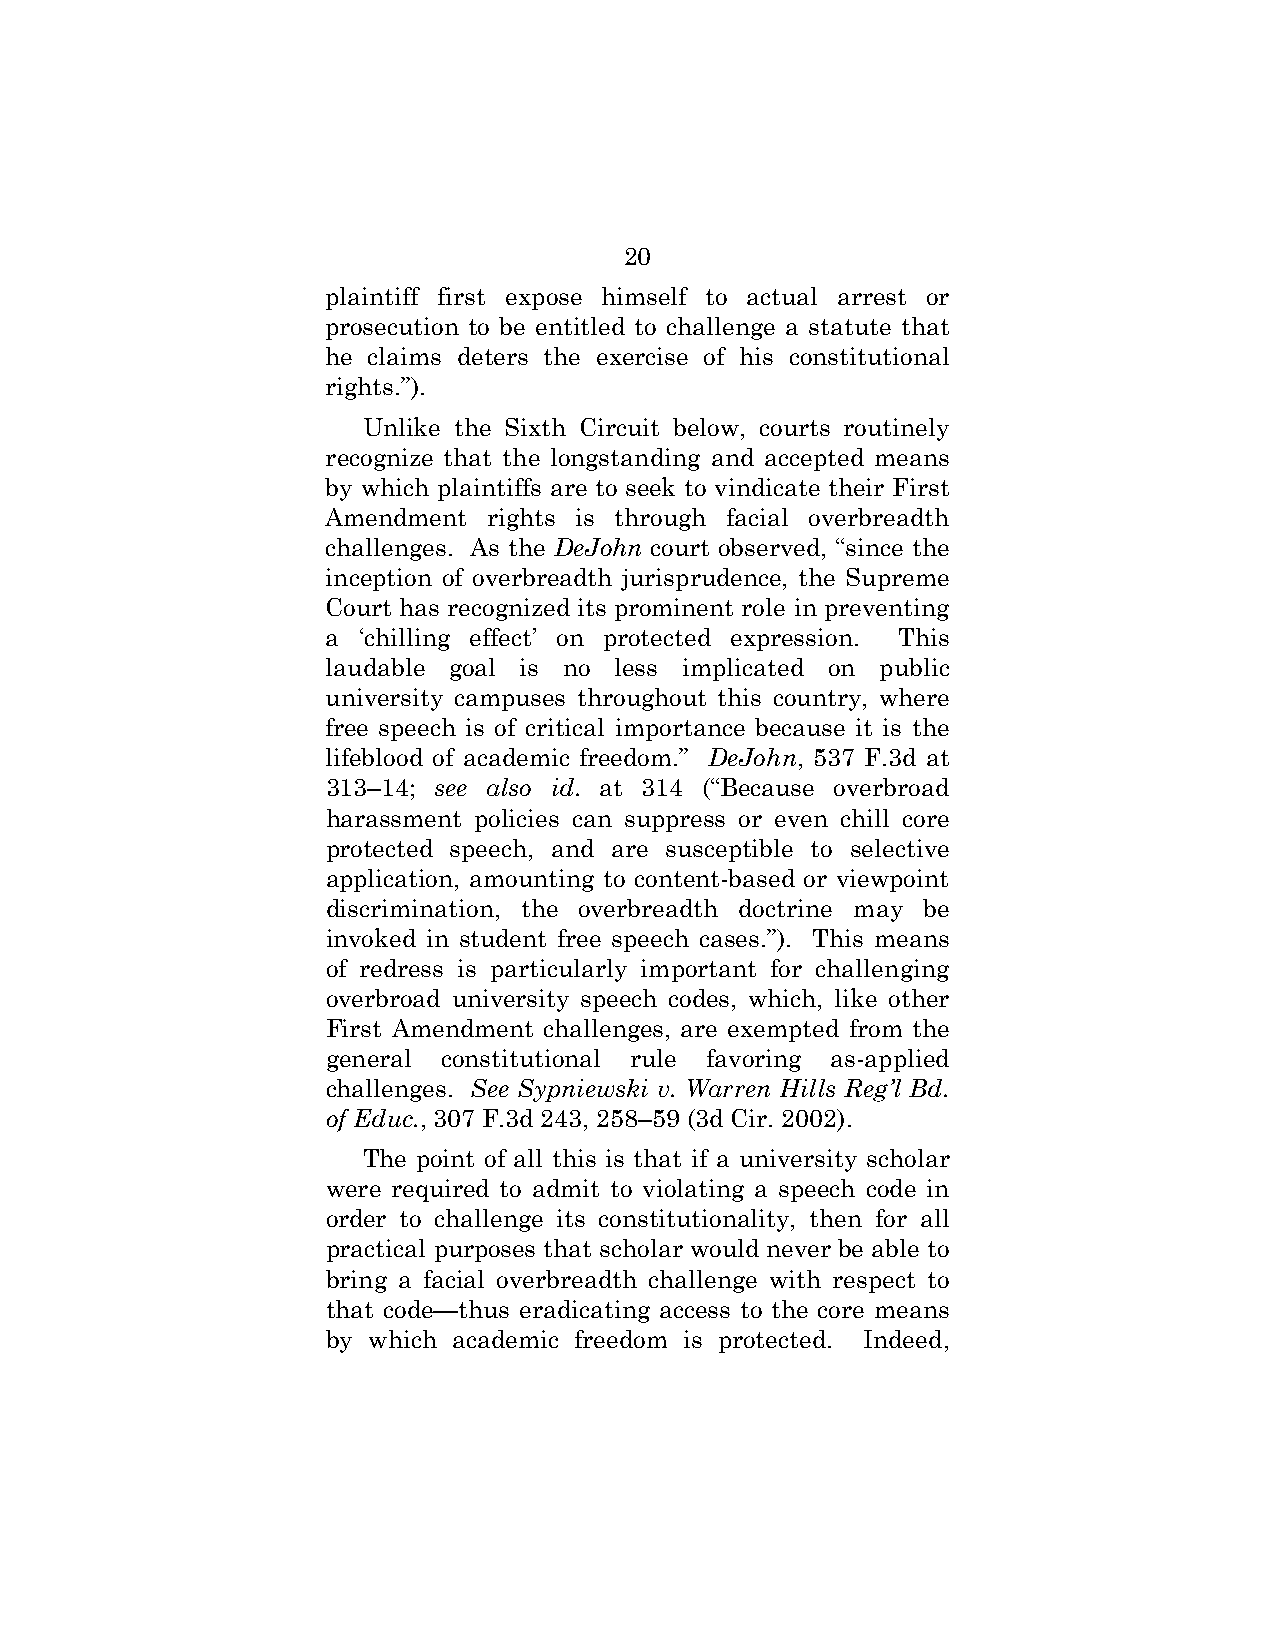
20
 plaintiff first expose himself to actual arrest or
 prosecution to be entitled to challenge a statute that
 he claims deters the exercise of his constitutional
 rights.”).
 Unlike the Sixth Circuit below, courts routinely
 recognize that the longstanding and accepted means
 by which plaintiffs are to seek to vindicate their First
 Amendment rights is through facial overbreadth
 challenges. As the DeJohn court observed, “since the
 inception of overbreadth jurisprudence, the Supreme
 Court has recognized its prominent role in preventing
 a ‘chilling effect’ on protected expression. This
 laudable goal is no less implicated on public
 university campuses throughout this country, where
 free speech is of critical importance because it is the
 lifeblood of academic freedom.” DeJohn, 537 F.3d at
 313–14; see also id. at 314 (“Because overbroad
 harassment policies can suppress or even chill core
 protected speech, and are susceptible to selective
 application, amounting to content-based or viewpoint
 discrimination, the overbreadth doctrine may be
 invoked in student free speech cases.”). This means
 of redress is particularly important for challenging
 overbroad university speech codes, which, like other
 First Amendment challenges, are exempted from the
 general constitutional rule favoring as-applied
 challenges. See Sypniewski v. Warren Hills Reg’l Bd.
 of Educ., 307 F.3d 243, 258–59 (3d Cir. 2002).
 The point of all this is that if a university scholar
 were required to admit to violating a speech code in
 order to challenge its constitutionality, then for all
 practical purposes that scholar would never be able to
 bring a facial overbreadth challenge with respect to
 that code—thus eradicating access to the core means
 by which academic freedom is protected. Indeed,